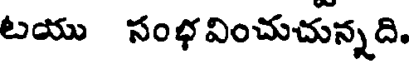
టయు సంభవించుచున్నది.